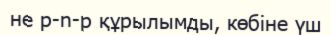
не р-n-р құрылымды, көбіне үш